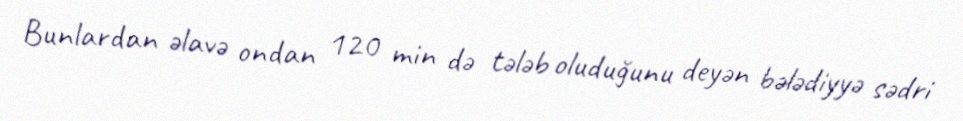
Bunlardan əlavə ondan 120 min də tələb oluduğunu deyən bələdiyyə sədri